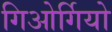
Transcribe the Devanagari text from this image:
गिओर्गियो